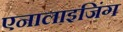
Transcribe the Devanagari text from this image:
एनालाइजिंग